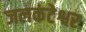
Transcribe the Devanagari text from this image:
जलकंटेश्वर